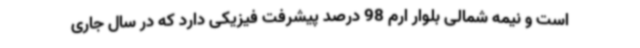
است و نیمه شمالی بلوار ارم 98 درصد پیشرفت فیزیکی دارد که در سال جاری